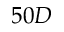
5 0 D